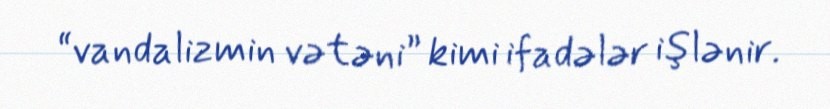
“vandalizmin vətəni” kimi ifadələr işlənir.